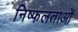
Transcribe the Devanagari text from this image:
निष्फलताओं